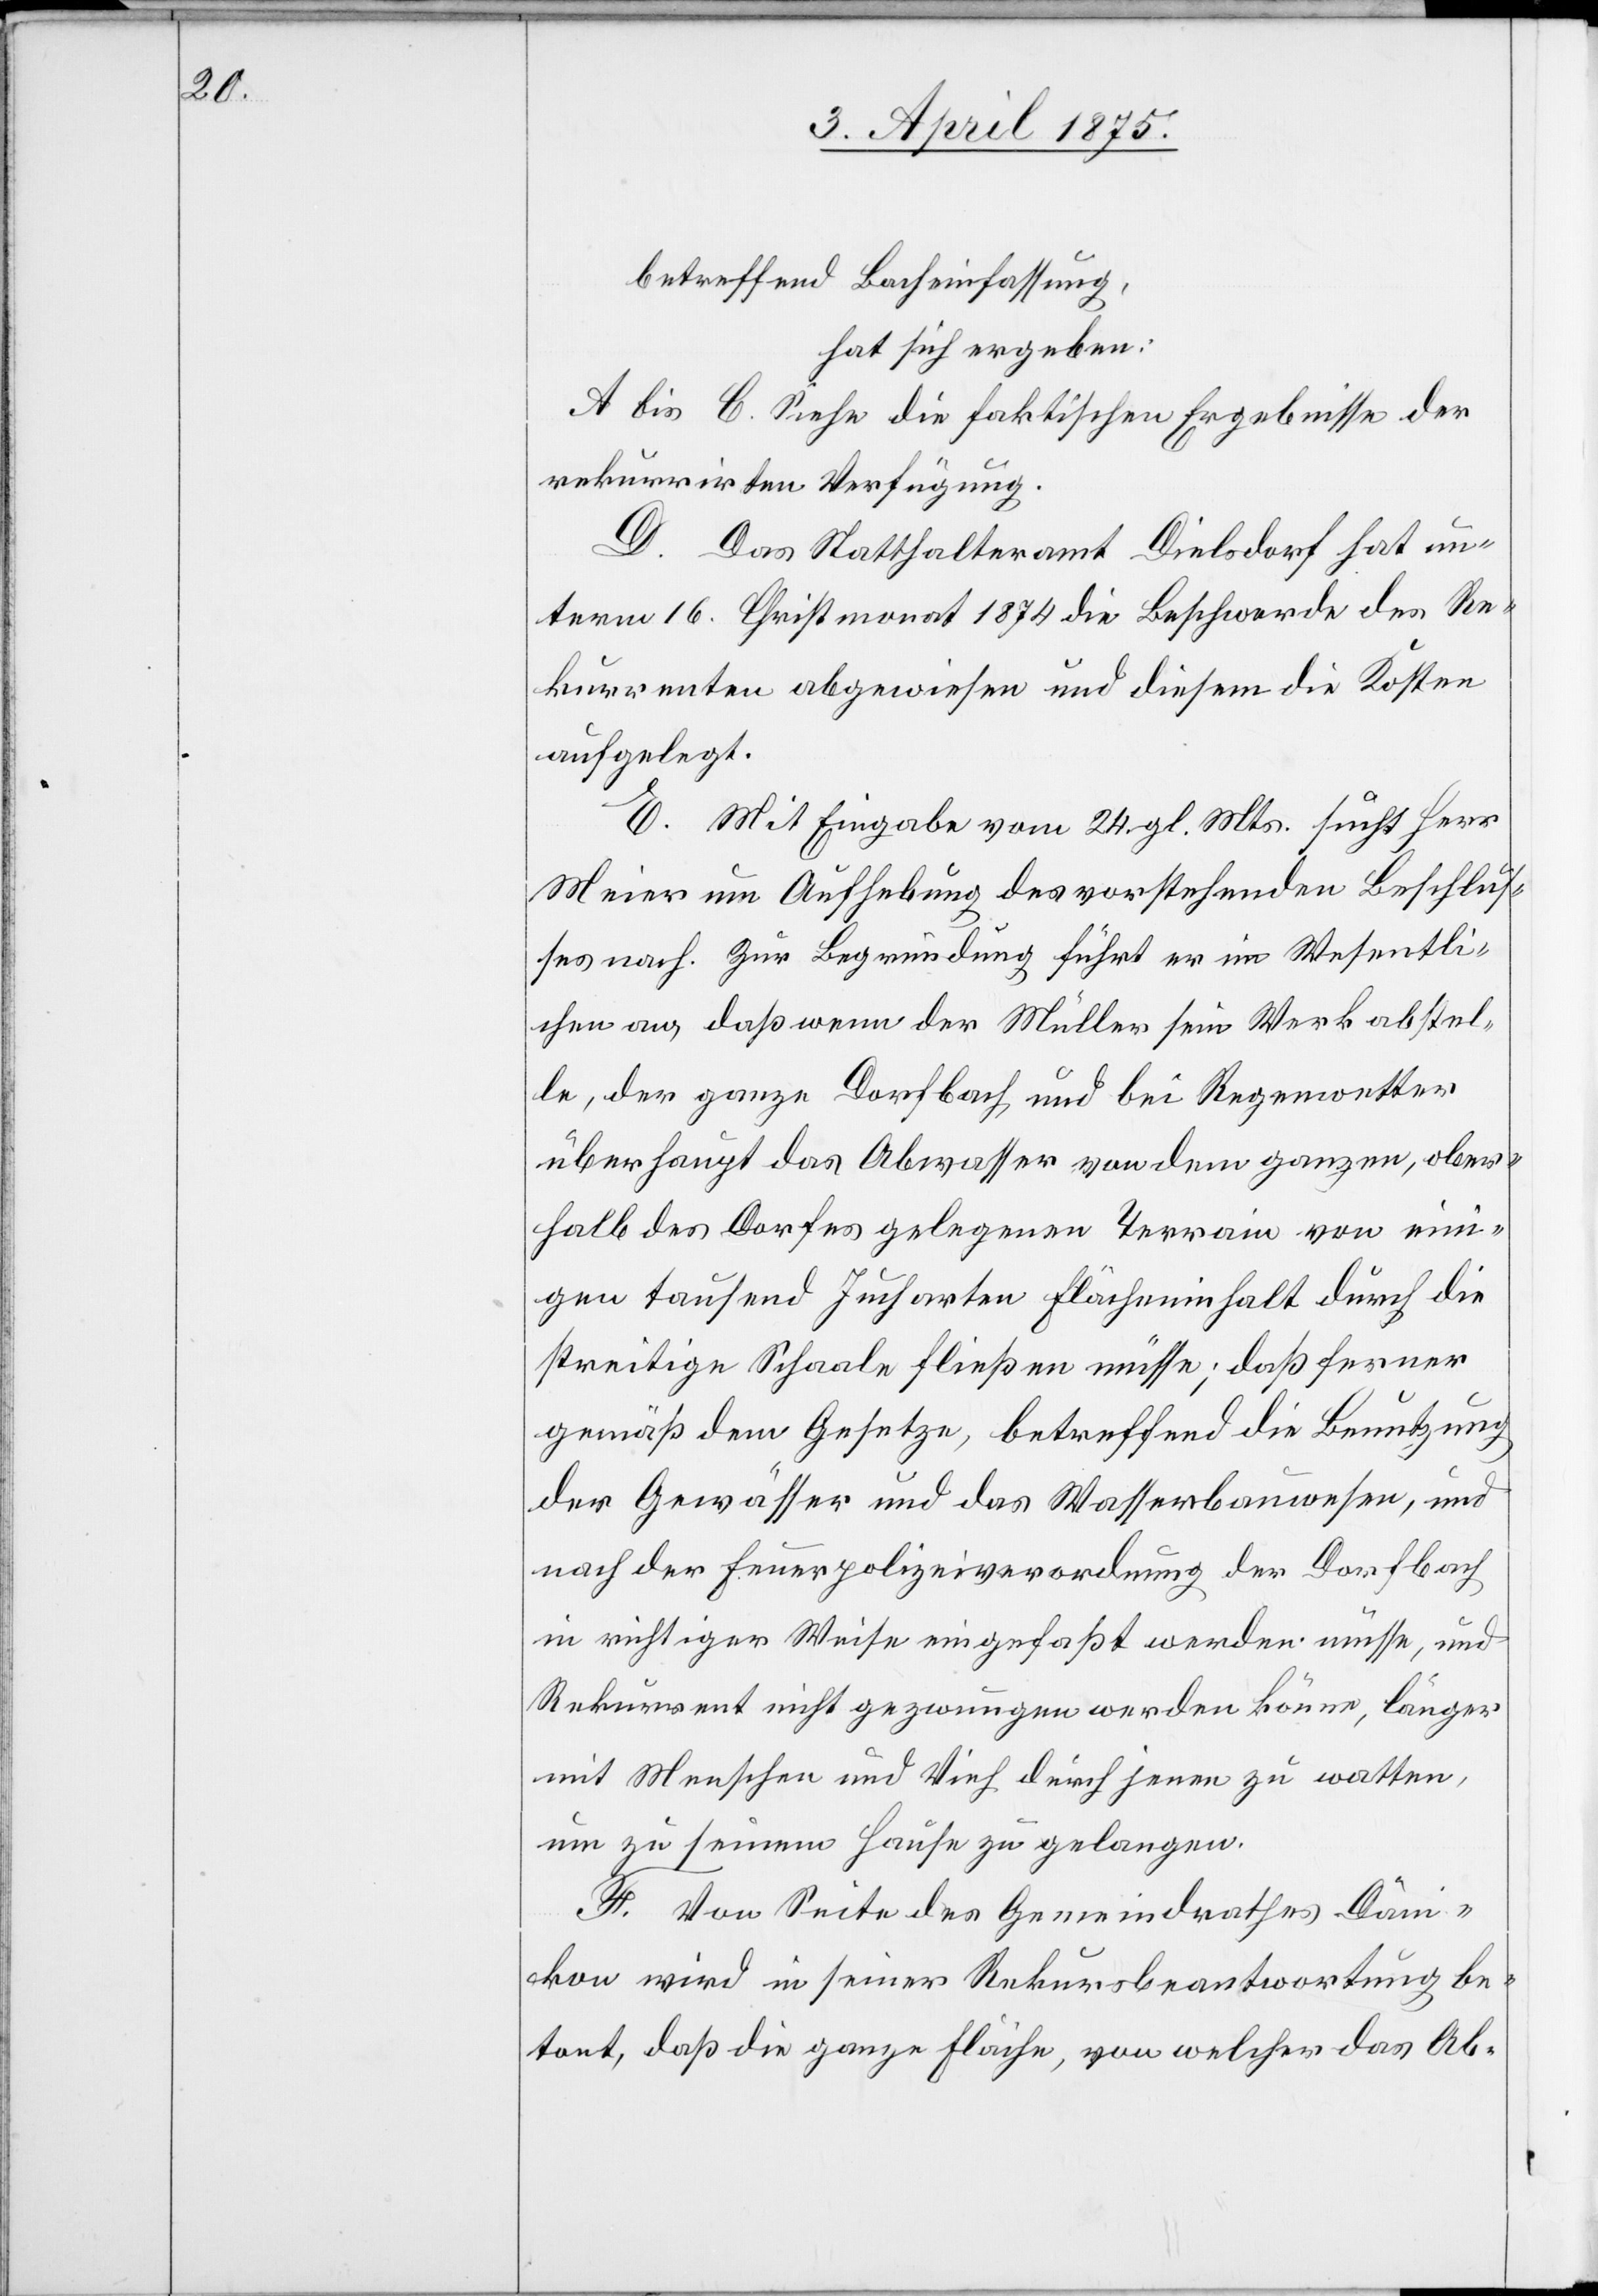
betreffend Bacheinfassung,
hat sich ergeben:
A bis C. Siehe die faktischen Ergebnisse der
rekurrirten Verfügung.
D. Das Statthalteramt Dielsdorf hat un¬
term 16. Christmonat 1874 die Beschwerde des Re¬
kurrenten abgewiesen und diesem die Kosten
aufgelegt.
E. Mit Eingabe vom 24. gl. Mts. sucht Herr
Meier um Aufhebung des vorstehenden Beschlus¬
ses nach. Zur Begründung führt er im Wesentli¬
chen an, daß wenn der Müller sein Werk abstel¬
le, der ganze Dorfbach und bei Regenwasser
überhaupt das Abwasser von dem ganzen, ober¬
halb des Dorfes gelegene Terrain von ein¬
igen tausend Jucharten Flächeninhalt durch die
streitige Schaale fließen müsse; daß ferner
gemäß dem Gesetze, betreffend die Benutzung
der Gewässer und das Wasserbauwesen, und
nach der Feuerpolizeiverordnung der Dorfbach
in richtiger Weise eingefaßt werden müsse, und
Rekurrent nicht gezwungen werden könne, länger
mit Menschen und Vieh durch jenen zu watten,
um zu seinem Hause zu gelangen.
F. Von Seite des Gemeindrathes Dän¬
ikon wird in seiner Rekursbeantwortung be¬
tont, daß die ganze Fläche, von welcher das Ab-